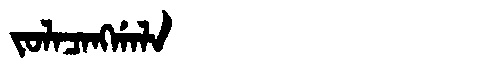
Manchu: ᠵᠣᠯᠠᠴᠠᠩᡤᠠᠯᠠ
Romanization: JOLACANGGALA